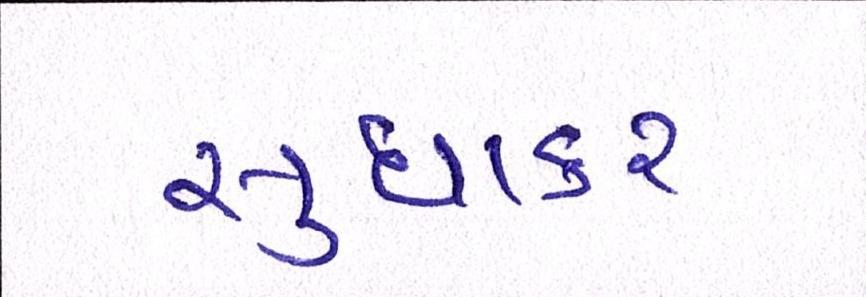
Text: સુધાકર